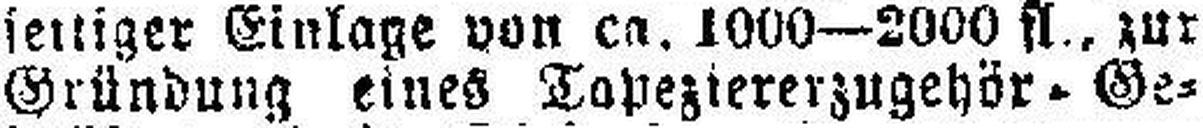
Gründung eines Tapeziererzugehör. Ge¬